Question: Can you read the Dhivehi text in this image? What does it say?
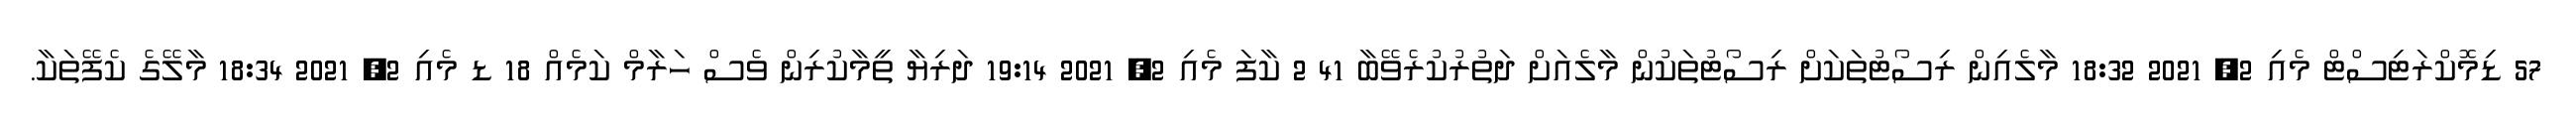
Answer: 57 ޑިމޮކްރަޓިސްޓް މެއި 2, 2021 18:32 މާލެއިން ރިސޯޓުތަކަށް ރިސޯޓުތަކުން މާލެއަށް ދަތުރުކުރެވޭބާ 41 2 ކާފަ މެއި 2, 2021 19:14 ދަރިޔާ ތީމާކުރިން ވެސް ހަރާމް ކަމެއް 18 ޑ މެއި 2, 2021 18:34 މާލޭގެ ކެފޭތަކާ.